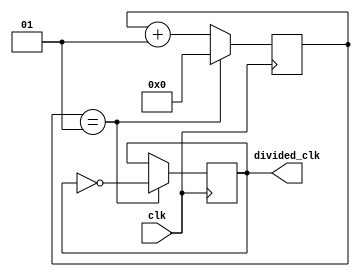
`timescale 1ns / 1ps
//////////////////////////////////////////////////////////////////////////////////
// Company: 
// Engineer: 
// 
// Design Name: 
// Module Name: clock_divider
// Project Name: 
// Target Devices: 
// Tool Versions: 
// Description: 
// 
// Dependencies: 
// 
// Revision:
// Revision 0.01 - File Created
// Additional Comments:
// 
//////////////////////////////////////////////////////////////////////////////////


module clock_divider #(parameter div_value = 1)( // make div_value global
    input wire clk, // 100MHz
    output reg divided_clk = 0// 25MHz
);

// division_value = 100MHz / (2*desired Frequency) - 1
// counter
integer counter_value = 0; // 32 bit wide reg bus

always @(posedge clk) // sensitivity list // timing edge 0-1
    begin
        // keep counting until div_value
        if(counter_value == div_value)
            counter_value <= 0; // reset value
        else
            counter_value <= counter_value + 1; // count up
    end

// dividde clock
always @(posedge clk)
    begin
        if(counter_value == div_value)
            divided_clk <= ~divided_clk; // flip the signal
        else
            divided_clk <= divided_clk; // store value
    end

endmodule